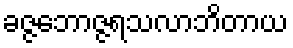
ခဇ္ဇဘောဇ္ဇရသလာဘိတာယ